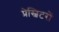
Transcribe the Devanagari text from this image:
प्रेस्बिटरों